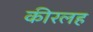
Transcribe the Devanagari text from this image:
कीरलह